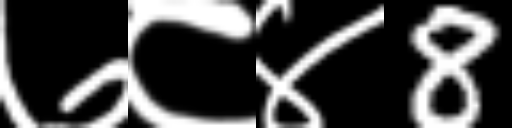
Text: ७८४8